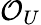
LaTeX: {\mathcal{O}}_{U}